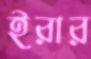
ইরার